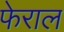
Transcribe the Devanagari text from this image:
फेराल